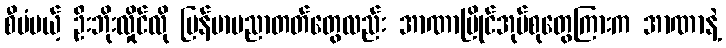
စီမံမယ့် ဦးဘိုးလှိုင်လို မြန်မာပညာတတ်တွေလည်း အာဏာပြိုင်အုပ်စုတွေကြားက အာဏာနဲ့